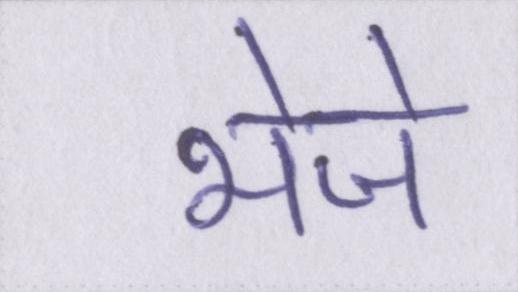
भेजे